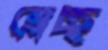
ম্লেচ্ছ